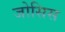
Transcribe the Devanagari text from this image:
जोसिस